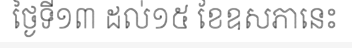
ថ្ងៃទី១៣ ដល់១៥ ខែឧសភានេះ